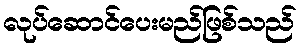
လုပ်ဆောင်ပေးမည်ဖြစ်သည်